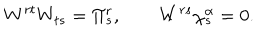
W ^ { r t } W _ { t s } = \Pi _ { s } ^ { r } , \qquad W ^ { r s } \chi _ { s } ^ { \alpha } = 0 .